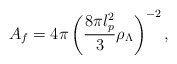
\begin{align*}A_{f}=4\pi \left( \frac{8\pi l_{p}^{2}}{3}\rho _{\Lambda }\right) ^{-2},\end{align*}